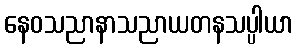
နေဝသညာနာသညာယတနသပ္ပါယာ